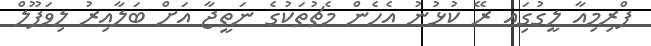
ޕްރިމިއާ ލީގުގަިއ ރޭ ކުޅުނު އެހެން މެޗުތަކުގެ ނަތީޖާ އަށް ބަލާއިރު ލިވަޕޫލް